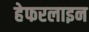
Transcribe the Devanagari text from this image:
हेफरलाइन